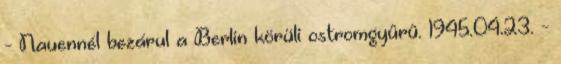
- Nauennél bezárul a Berlin körüli ostromgyûrû. 1945.04.23. -